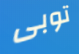
توبى